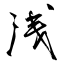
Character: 浅